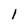
Character: 1